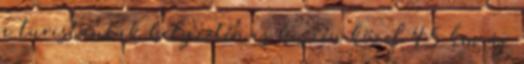
a turistautak helyzetén is hiszen közel 45 km új